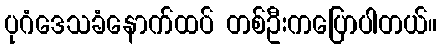
ပုဂံဒေသခံနောက်ထပ် တစ်ဦးကပြောပါတယ်။